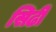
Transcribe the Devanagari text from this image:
सिढी